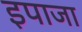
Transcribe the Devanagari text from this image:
इपाजा